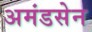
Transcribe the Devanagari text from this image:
अमंडसेन